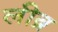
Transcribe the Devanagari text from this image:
लीब्र